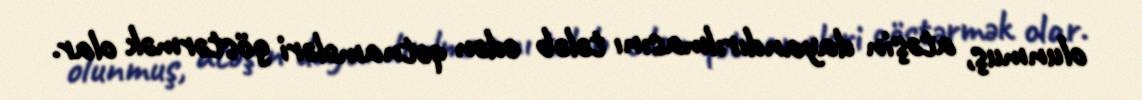
olunmuş, atəşin dayandırılmasını tələb edən qətnamələri göstərmək olar.